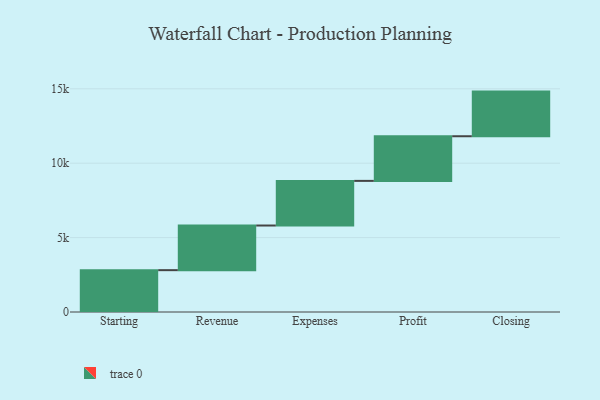
{"axis": {"x": "Step", "y": "Value"}, "legend": [""], "data": [{"x": "Starting", "y": 2812.0, "type": ""}, {"x": "Revenue", "y": 3000, "type": ""}, {"x": "Expenses", "y": 3000, "type": ""}, {"x": "Profit", "y": 3000, "type": ""}, {"x": "Closing", "y": 3000, "type": ""}]}